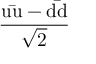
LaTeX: \mathrm { \frac { u { \bar { u } } - d { \bar { d } } } { \sqrt { 2 } } }